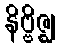
နိဗ္ဗိဇ္ဈ